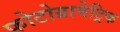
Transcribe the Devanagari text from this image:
फोटोग्रामेट्रिक